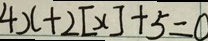
4 x + 2 [ x ] + 5 = 0